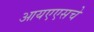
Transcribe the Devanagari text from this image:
आयएएसचे